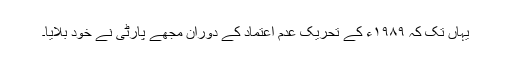
یہاں تک کہ ۱۹۸۹ء کے تحریک عدم اعتماد کے دوران مجھے پارٹی نے خود بلایا۔